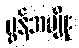
မွန်အမျိုး